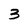
Character: 3